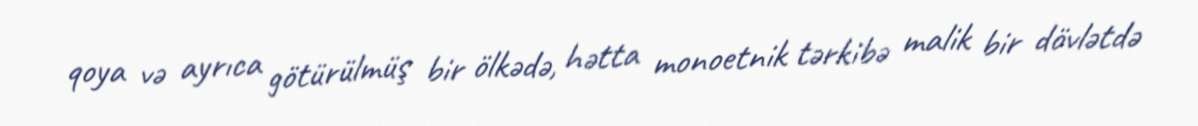
qoya və ayrıca götürülmüş bir ölkədə, hətta monoetnik tərkibə malik bir dövlətdə